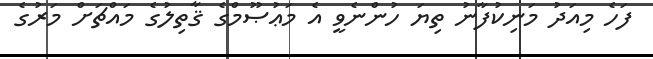
ފަހެ މިއަދު މަނިކުފާނު ތިޔަ ހުންނެވީ އެ މަޢުޞޫމްގެ ޤާތިލުގެ މައްޗަށް މަރުގެ